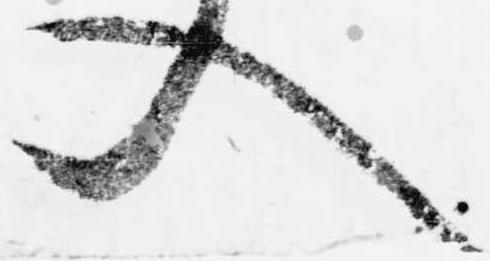
入